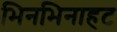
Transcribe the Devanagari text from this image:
भिनभिनाहट